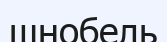
шнобель